Report on vaccination in Madras 1904-1921 - 1904-1921
Year: 1904
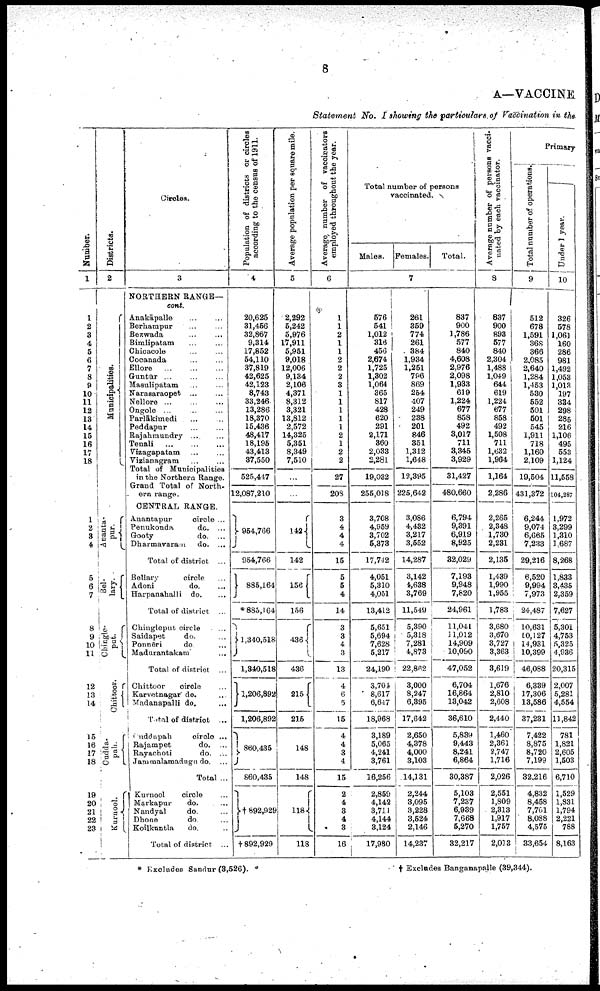
8
A—VACCINE
Statement No. I showing the particulars of Vaccination in the
Number.
1
1
2
3
4
5
6
7
8
9
10
11
12
13
14
15
16
17
18
1
2
3
4
5
6
7
8
9
10
11
12
13
14
15
16
17
18
19
20
21
22
23
Districts.
2
Municipalities.
Ana nt a -
pur.
Bel-
lary.
Chingle-
put.
Chittoor.
Cudda-
pah.
Kurnool.
Circles.
3
NORTHERN RANGE—
cont.
Anakāpalle ... ...
Berhampur ... ...
Bezwada ... ...
Bimlipatam ... ...
Chicacole ... ...
Cocanada ... ...
Ellore
...
...
...
Guntūr
...
...
...
Masulipatam ... ...
Narasaraopet ... ...
Nellore
...
...
...
Ongole ... ... ...
Parlākimedi ... ...
Peddapur
...
...
Rajahmundry ... ...
Tenali
...
...
...
Vizagapatam ... ...
Vizianagram ... ...
Total of Municipalities
in the Northern Range.
Grand Total of North-
ern range.
CENTRAL RANGE.
Anantapur
circle ...
Penukonda
do. ...
Gooty
do. ...
Dharmavaram
do. ...
Total of district ...
Bellary
circle ...
Adoni
do. ...
Harpanahalli do. ...
Total of district ...
Chingleput circle ...
Saidapet
do. ...
Ponnēri
do ...
Madurantakam ...
Total of district ...
Chittoor
circle ...
Karvetnagar do. ...
Madanapalli do.
...
Total of district ...
Cuddapah
circle ...
Rajampet
do. ...
Rayachoti
do. ...
Jammalamadugu do. ...
Total ...
Kurnool
circle ...
Markapur
do. ...
Nandyal
do. ...
Dhone
do. ...
Koilkuntla
do. ...
Total of district ...
Population of districts or circles
according to the census of 1911.
4
20,625
31,456
32,867
9,314
17,852
54,110
37,819
42,625
42,123
8,743
33,246
13,286
18,370
15,436
48,417
18,195
43,413
37,550
525,447
12,087,210
954,766
954,766
885,164
*885,164
1,340,518
1,340,518
1,206,892
1,206,892
860,435
860,435
† 892,929
†892,929
Average population per square mile.
5
2,292
5,242
5,976
17,911
5,951
9,018
12,006
9,134
2,106
4,371
8,312
3,321
13,812
2,572
14,325
5,351
8,349
7,510
...
...
142
142
156
156
436
436
215
215
148
148
118
118
Average number of vaccinators
employed throughout the year.
6
1
1
2
1
1
2
2
2
3
1
1
1
1
1
2
1
2
2
27
208
3
4
4
4
15
5
5
4
14
3
3
4
3
13
4
6
5
15
4
4
3
4
15
2
4
3
4
3
16
Total number of persons
vaccinated.
Males. Females.
Total.
7
576
541
1,012
316
456
2,674
1,725
1,302
1,064
365
817
428
620
291
2,171
360
2,033
2,281
19,032
255,018
3,708
4,959
3,702
5,373
17,742
4,051
5,310
4,051
13,412
5,651
5,694
7,628
5,217
24,190
3,704
8,617
6,647
18,968
3,189
5,065
4,241
3,761
16,256
2,859
4,142
3,711
4,144
3,124
17,980
261
359
774
261
384
1,934
1,251
796
869
254
407
249
238
201
846
351
1,312
1,648
12,395
225,642
3,086
4,432
3,217
3,552
14,287
3,142
4,638
3,769
11,549
5,390
5,318
7,281
4,873
22,862
3,000
8,247
6,395
17,642
2,650
4,378
4,000
3,103
14,131
2,244
3,095
3,228
3,524
2,146
14,237
837
900
1,786
577
840
4,608
2,976
2,098
1,933
619
1,224
677
858
492
3,017
711
3,345
3,929
31,427
480,660
6,794
9,391
6,919
8,925
82,029
7,193
9,948
7,820
24,961
11,041
11,012
14,909
10,090
47,052
6,704
16,864
13,042
36,610
5,839
9,443
8,241
6,864
30,387
5,103
7,237
6,939
7,668
5,270
32,217
Average number of persons vacci
nated by each vaccinator.
8
837
900
893
577
840
2,304
1,488
1,049
644
619
1,224
677
858
492
1,508
711
1,632
1,964
1,164
2,286
2,265
2,348
1,730
2,231
2,135
1,439
1,990
1,955
1,783
3,680
3,670
8,727
3,363
3,619
1,676
2,810
2,608
2,440
1,460
2,361
2,747
1,716
2,026
2,551
1,809
2,313
1,917
1,757
2,013
Primary
Total number of operations.
9
512
678
1,591
368
366
2,085
2,640
1,284
1,453
530
552
501
501
545
1,911
718
1,160
2,109
19,504
431,372
6,244
9,074
6,665
7,233
29,216
6,520
9,994
7,973
24,487
10,631
10,127
14,931
10,399
46,088
6,339
17,306
13,586
37,231
7,422
8,875
8,720
7,199
32,216
4,832
8,458
7,701
8,088
4,575
33,654
Under 1 year.
10
326
578
1,061
160
286
981
1,492
1,053
1,013
197
334
298
285
216
1,106
495
553
1,124
11,558
104,287
1,972
3,299
1,310
1,687
8,268
1,833
3,435
2,359
7,627
5,301
4,753
5,325
4,936
20,315
2,007
5,281
4,554
11,842
781
1,821
2,605
1,503
6,710
1,529
1,831
1,794
2,221
788
8,163
* Excludes Sandur (3,526).
† Excludes Banganapalle (39,344).